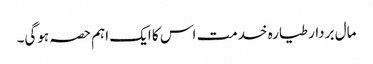
مال بردار طیارہ خدمت اس کا ایک اہم حصہ ہوگی۔